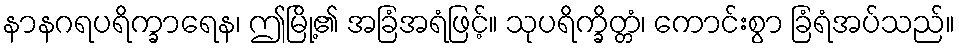
နာနဂရပရိက္ခာရေန၊ ဤမြို့၏ အခြံအရံဖြင့်။ သုပရိက္ခိတ္တံ၊ ကောင်းစွာ ခြံရံအပ်သည်။